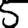
Digit: 5